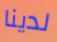
لدينا